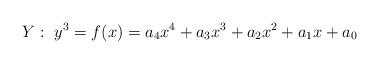
LaTeX: \begin{align*} Y:\ y^3 = f(x) = a_4x^4+a_3x^3+a_2x^2+a_1x +a_0\end{align*}